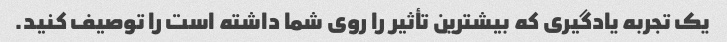
یک تجربه یادگیری که بیشترین تأثیر را روی شما داشته است را توصیف کنید.